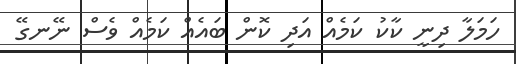
ހަމަލާ ދިނީ ކާކު ކަމެއް އަދި ކޮން ބައެއް ކަމެއް ވެސް ނޭނގޭ